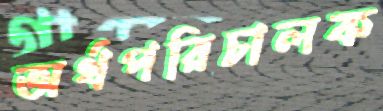
অর্থপরিচালক